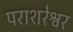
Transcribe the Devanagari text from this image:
पराशरेश्वर